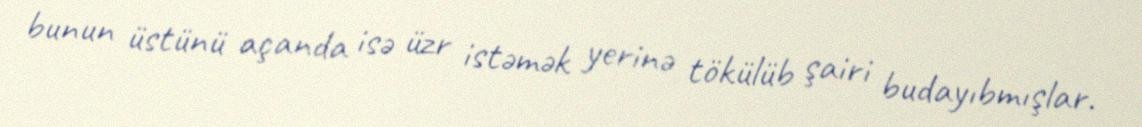
bunun üstünü açanda isə üzr istəmək yerinə tökülüb şairi budayıbmışlar.